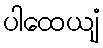
ပါထေယျံ